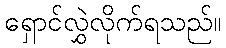
ရှောင်လွှဲလိုက်ရသည်။